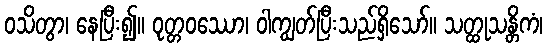
ဝသိတွာ၊ နေပြီး၍။ ဝုတ္တဝဿော၊ ဝါကျွတ်ပြီးသည်ရှိသော်။ သတ္ထုသန္တိကံ၊